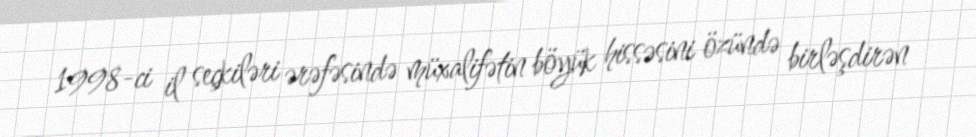
1998-ci il seçkiləri ərəfəsində müxalifətin böyük hissəsini özündə birləşdirən